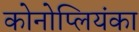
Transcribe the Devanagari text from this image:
कोनोप्लियंका